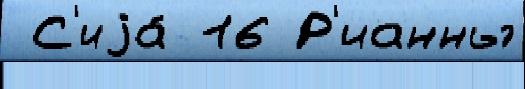
 С'иjа́ 16 Р'ианны